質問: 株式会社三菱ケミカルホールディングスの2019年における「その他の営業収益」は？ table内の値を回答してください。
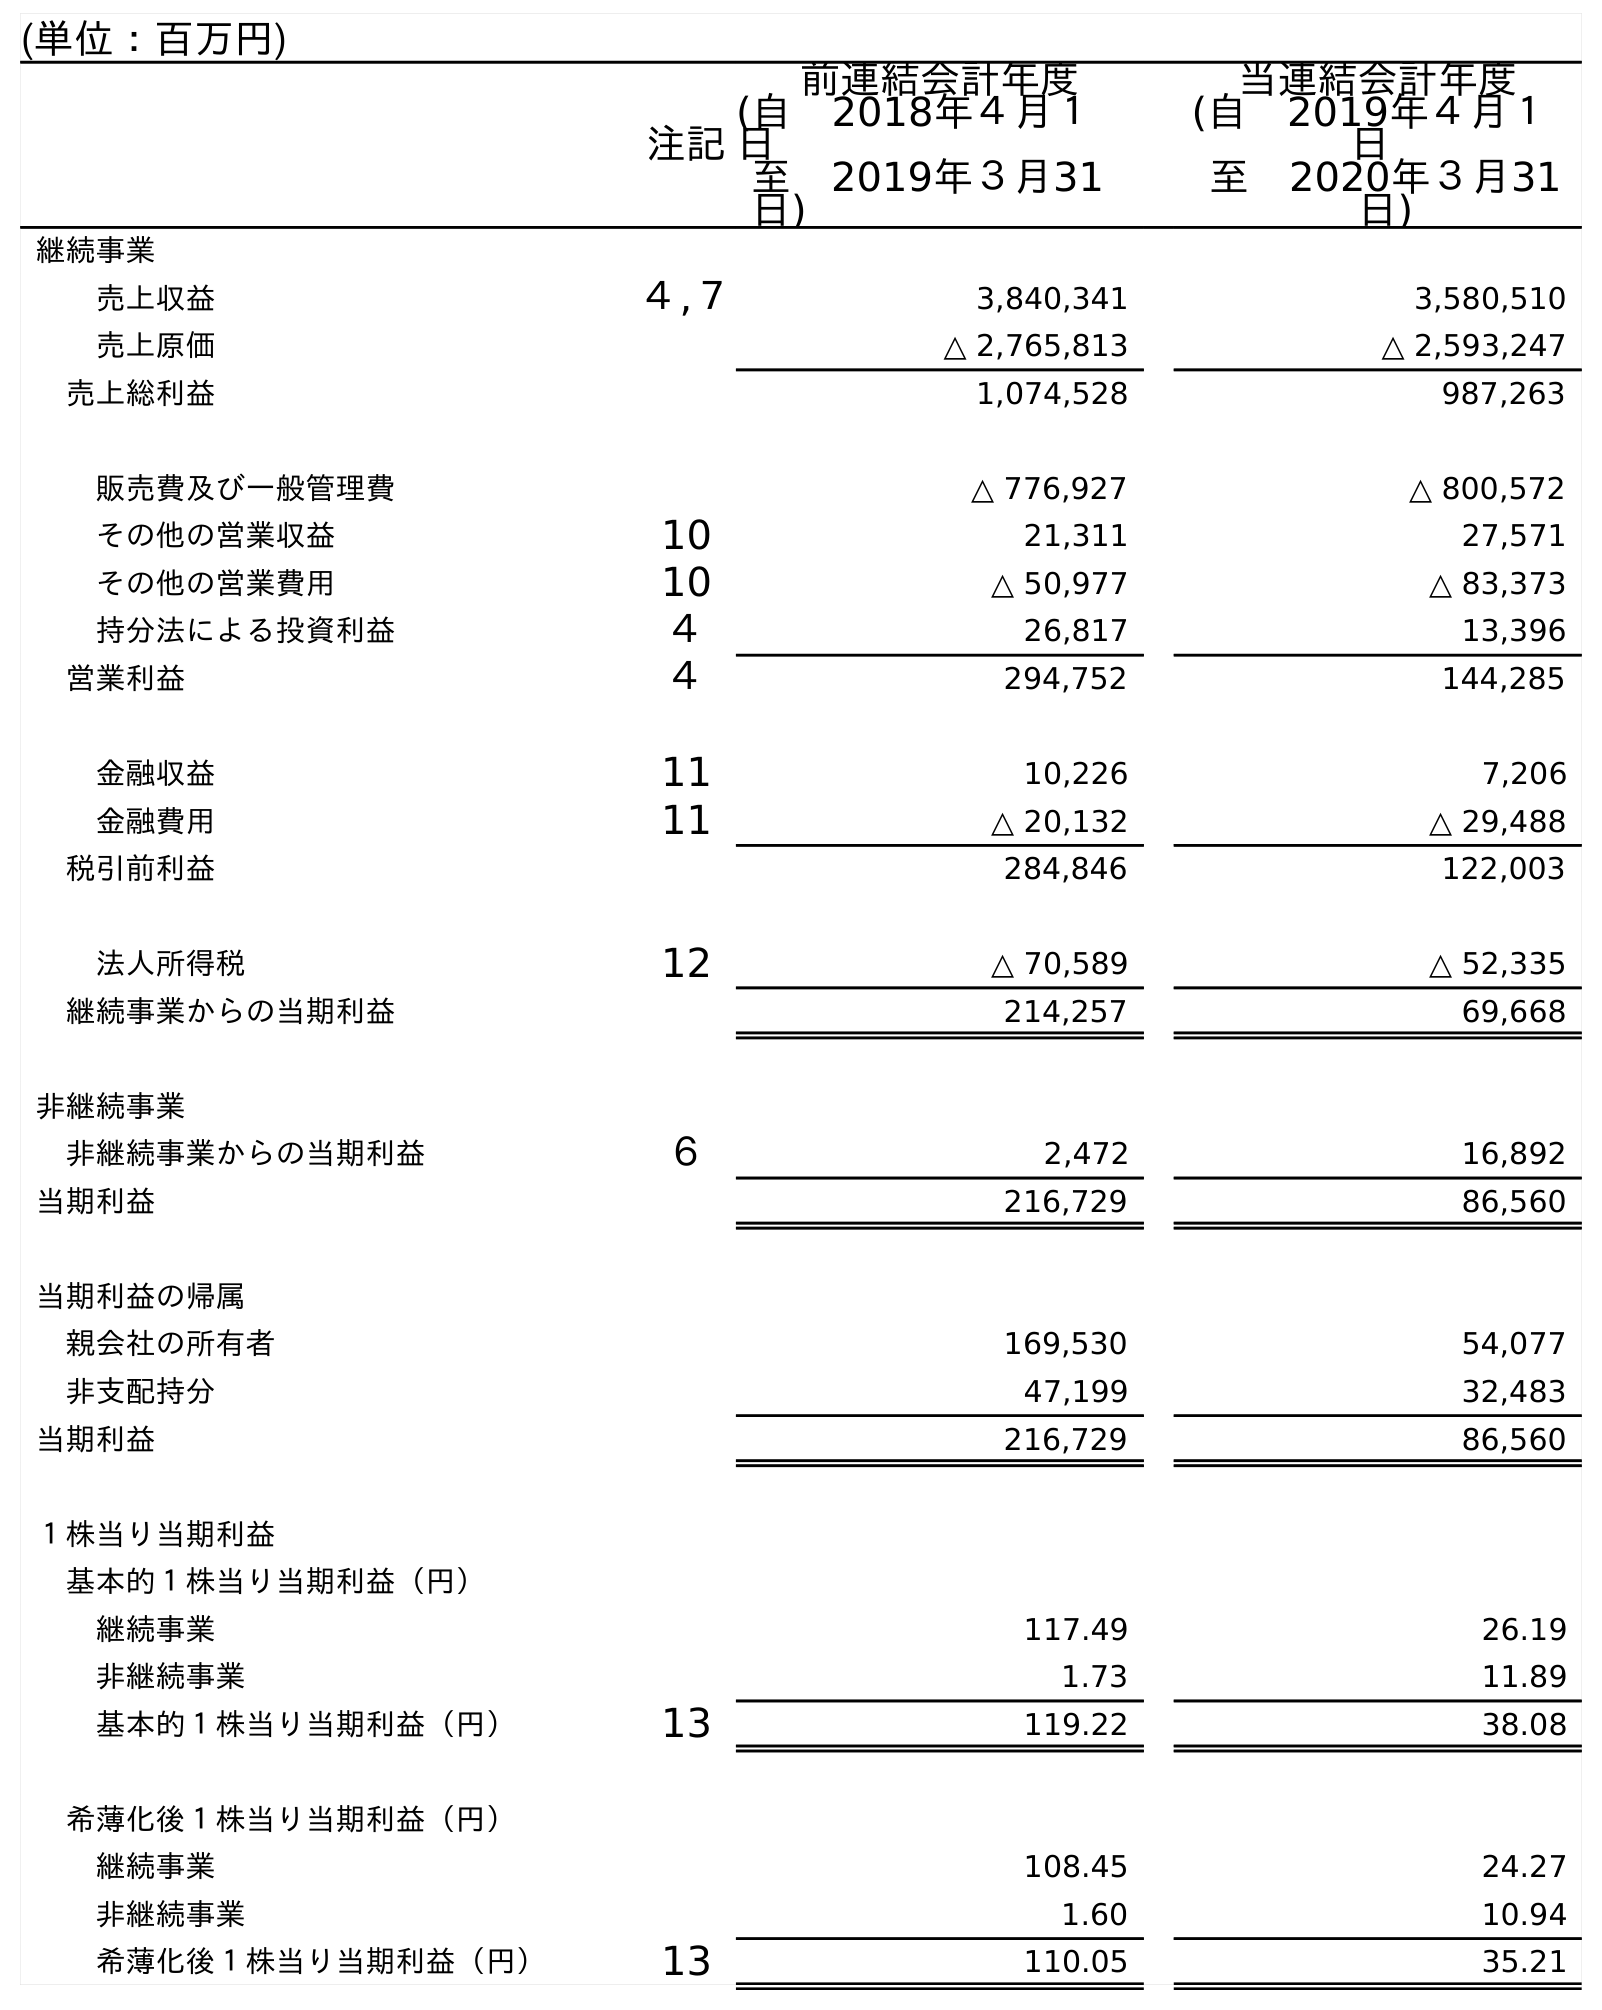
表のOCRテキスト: (単位：百万円) 注記 前連結会計年度 (自 2018年４月１ 日 至 2019年３月31 日) 当連結会計年度 (自 2019年４月１ 日 至 2020年３月31 日) 継続事業 売上収益 ４,７ 3,840,341 3,580,510 売上原価 △ 2,765,813 △ 2,593,247 売上総利益 1,074,528 987,263 販売費及び一般管理費 △ 776,927 △ 800,572 その他の営業収益 10 21,311 27,571 その他の営業費用 10 △ 50,977 △ 83,373 持分法による投資利益 ４ 26,817 13,396 営業利益 ４ 294,752 144,285 金融収益 11 10,226 7,206 金融費用 11 △ 20,132 △ 29,488 税引前利益 284,846 122,003 法人所得税 12 △ 70,589 △ 52,335 継続事業からの当期利益 214,257 69,668 非継続事業 非継続事業からの当期利益 ６ 2,472 16,892 当期利益 216,729 86,560 当期利益の帰属 親会社の所有者 169,530 54,077 非支配持分 47,199 32,483 当期利益 216,729 86,560 １株当り当期利益 基本的１株当り当期利益（円） 継続事業 117.49 26.19 非継続事業 1.73 11.89 基本的１株当り当期利益（円） 13 119.22 38.08 希薄化後１株当り当期利益（円） 継続事業 108.45 24.27 非継続事業 1.60 10.94 希薄化後１株当り当期利益（円） 13 110.05 35.21
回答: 21,311